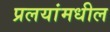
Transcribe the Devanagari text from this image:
प्रलयांमधील